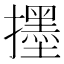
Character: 𱡅